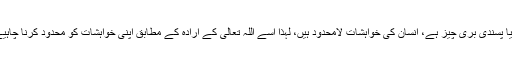
دنیا پسندی بری چیز ہے، انسان کی خواہشات لامحدود ہیں، لہذا اسے اللہ تعالی کے ارادہ کے مطابق اپنی خواہشات کو محدود کرنا چاہیے۔